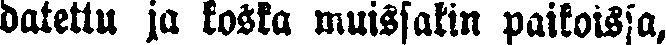
datettu jo koska muissakin paikoissa,